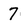
Character: 7